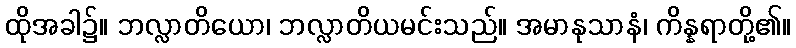
ထိုအခါ၌။ ဘလ္လာတိယော၊ ဘလ္လာတိယမင်းသည်။ အမာနုသာနံ၊ ကိန္နရာတို့၏။